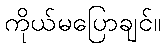
ကိုယ်မပြောချင်။